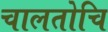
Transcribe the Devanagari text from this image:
चालतोचि